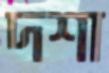
দশা